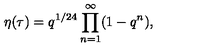
\eta ( \tau ) = q ^ { 1 / 2 4 } \prod _ { n = 1 } ^ { \infty } ( 1 - q ^ { n } ) ,